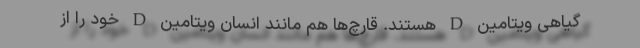
گیاهی ویتامین D هستند. قارچ‌ها هم مانند انسان ویتامین D خود را از